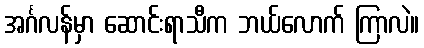
အင်္ဂလန်မှာ ဆောင်းရာသီက ဘယ်လောက် ကြာလဲ။